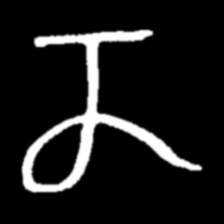
Pyu character \u2014 Myanmar letter: ဏ (romanized: nna)